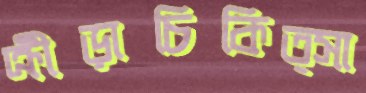
ক্রীড়াচিকিত্সা